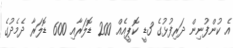
އެ ކުންފުނިން ދަރިފުޅުގެ 3ޑީ ކޮޕީއެއް 200 ޑޮލަރާއި 600 ޑޮލަރާ ދެމެދުގެ